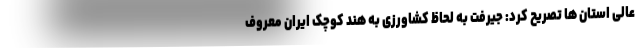
عالی استان ها تصریح کرد: جیرفت به لحاظ کشاورزی به هند کوچک ایران معروف